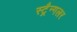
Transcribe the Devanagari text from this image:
स्ट्रैन्गलर